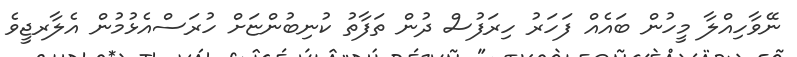
ނޭވާހިއްލާ މީހުން ބައެއް ފަހަރު ހިރަފުސް ދުން ތަފާތު ކުނިބުންޏަށް ހުރަސްއެޅުމުން އެލާރޖީވެ